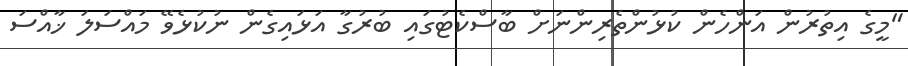
"މީގެ އިތުރުން އަންހެން ކުޅުންތެރިންނަށް ބާސްކެޓުގައި ބުރުގާ އަޅައިގެން ނުކުޅެވޭ މައްސަލަ ޚާއްސަ